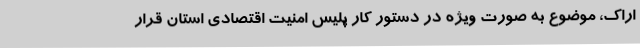
اراک، موضوع به صورت ویژه در دستور کار پلیس امنیت اقتصادی استان قرار